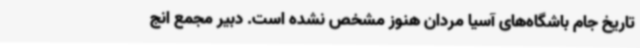
تاریخ جام باشگاه‌های آسیا مردان هنوز مشخص نشده است. دبیر مجمع انج